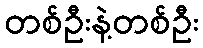
တစ်ဦးနဲ့တစ်ဦး